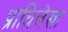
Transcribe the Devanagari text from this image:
प्राधिलेखा